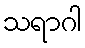
သရာဂါ